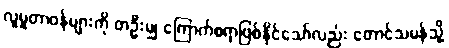
လူမှုတာဝန်များကို တဦးမျှ ကြောက်စရာဖြစ်နိုင်သော်လည်း တောင်သမန်သို့